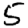
Digit: 5